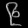
Digit: ၉